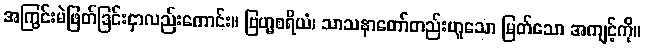
အကြွင်းမဲဖြတ်ခြင်းငှာလည်းကောင်း။ ဗြဟ္မစရိယံ၊ သာသနာတော်တည်းဟူသော မြတ်သော အကျင့်ကို။